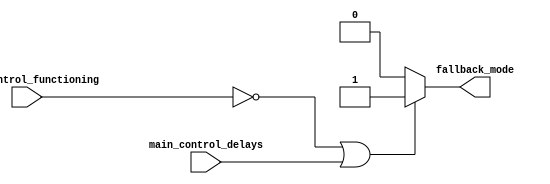
module fallback_bypass_register (
    input wire main_control_functioning,
    input wire main_control_delays,
    output reg fallback_mode
);

always @ (main_control_functioning or main_control_delays)
begin
    if (!main_control_functioning || main_control_delays)
        fallback_mode <= 1'b1; // fallback mode
    else
        fallback_mode <= 1'b0; // normal mode
end

endmodule